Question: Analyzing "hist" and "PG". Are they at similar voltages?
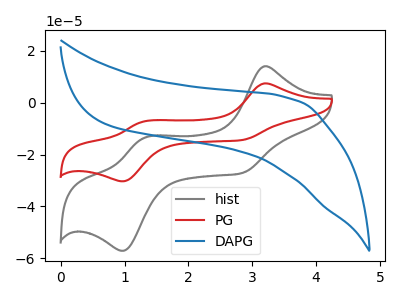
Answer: <think>The gray curve "hist" has anodic peaks at (3.20V, 14.10uA) (1.30V, -13.65uA) and cathodic peaks at (2.85V, -27.10uA) (1.00V, -57.20uA). The red curve "PG" has anodic peaks at (3.20V, 7.50uA) (1.30V, -7.25uA) and cathodic peaks at (2.85V, -14.35uA) (1.00V, -30.35uA). The blue curve "DAPG" has no peaks.
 All the peaks in "hist" have a peak in "PG" at the same potential.</think>
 <answer>"hist" and "PG" are similar in shape.</answer>
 <eval>same_shape</eval>